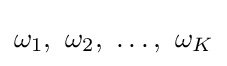
\omega _{1},\ \omega _{2},\ \ldots ,\ \omega _{K}